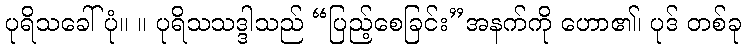
ပုရိသခေါ်ပုံ။ ။ ပုရိသသဒ္ဒါသည် “ပြည့်စေခြင်း”အနက်ကို ဟော၏၊ ပုဒ် တစ်ခု